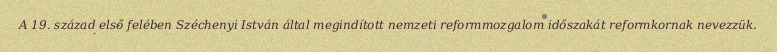
A 19. század első felében Széchenyi István által megindított nemzeti reformmozgalom időszakát reformkornak nevezzük.